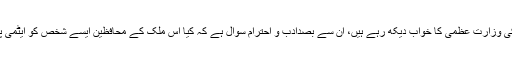
خواہشات پر کوئی قدغن نہیں لگا سکتا لیکن وہ لوگ جو لاڈلے کی وزارت عظمیٰ کا خواب دیکھ رہے ہیں، ان سے بصدادب و احترام سوال ہے کہ کیا اس ملک کے محافظین ایسے شخص کو ایٹمی پاکستان کی ڈرائیونگ سیٹ پر بٹھانے کا رسک لے سکتے ہیں؟